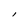
Character: l